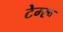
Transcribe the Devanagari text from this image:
टेम्‍रू